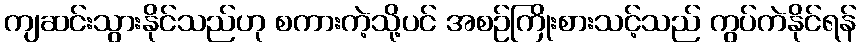
ကျဆင်းသွားနိုင်သည်ဟု စကားကဲ့သို့ပင် အစဉ်ကြိုးစားသင့်သည် ကွပ်ကဲနိုင်ရန်